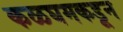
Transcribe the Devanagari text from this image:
कळघमकडून